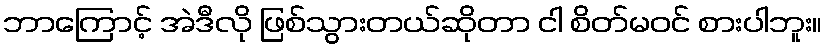
ဘာကြောင့် အဲဒီလို ဖြစ်သွားတယ်ဆိုတာ ငါ စိတ်မဝင် စားပါဘူး။